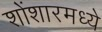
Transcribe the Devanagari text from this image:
शोंशारमध्ये